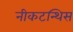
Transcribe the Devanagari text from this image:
नीकटन्थिस